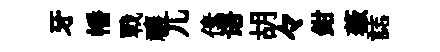
牙幡戰禳兀傃语胡々鉗薇誌